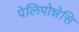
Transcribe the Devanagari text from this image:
पेलिपोन्नेसि